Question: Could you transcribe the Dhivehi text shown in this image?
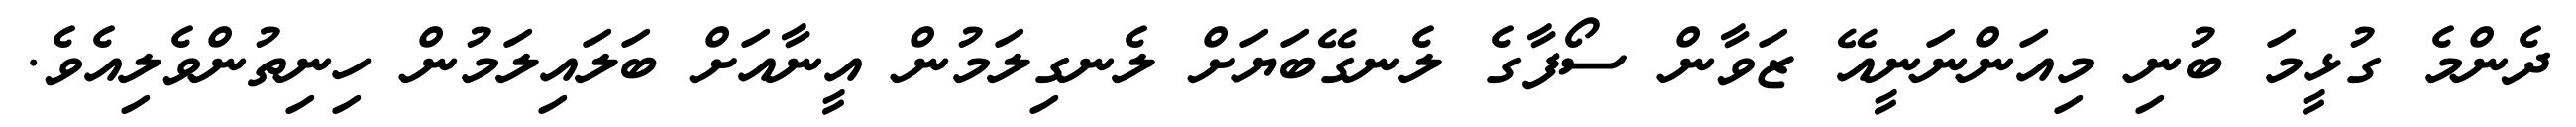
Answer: ދެންމެ ގުޅީމަ ބުނި މިއަންނަނީއޭ ޒަވާން ސޯފާގެ ލެނގޭބަޔަށް ލެނގިލަމުން އީނާއަށް ބަލައިލަމުން ހިނިތުންވެލިއެވެ.